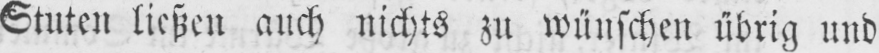
Stuten ließen auch nichts zu wünschen übrig und